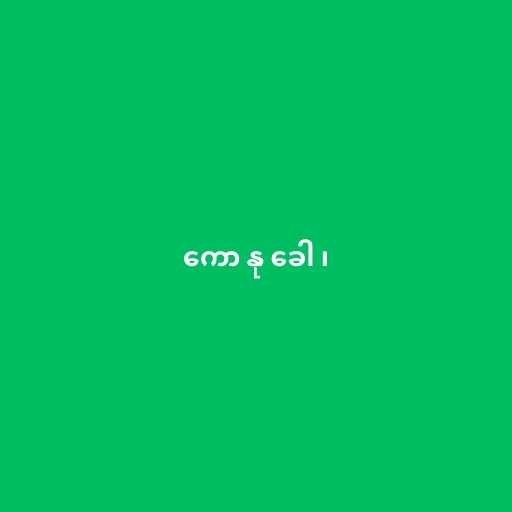
ကော နု ခေါ ၊